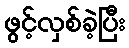
ဖွင့်လှစ်ခဲ့ပြီး